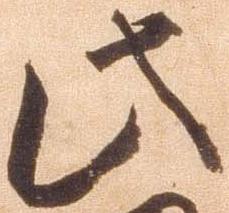
此